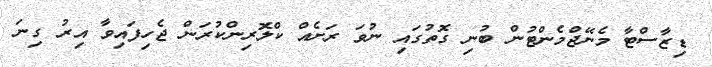
ޑިޒާސްޓާ މެނޭޖްމެންޓުން ބުނި ގޮތުގައި ނުވަ ރަށެއް ކްލޮރިންކުރަން ޖެހިފައިވާ އިރު ގިނަ